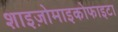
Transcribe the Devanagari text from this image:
शाइज़ोमाइकोफाइटा